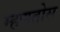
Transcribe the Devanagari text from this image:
म्हणतोस